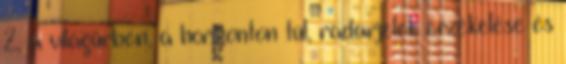
2. a világűrben, a horizonton túl, radarjelek érzékelése és